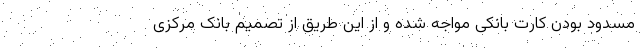
مسدود بودن کارت بانکی مواجه شده و از این طریق از تصمیم بانک مرکزی